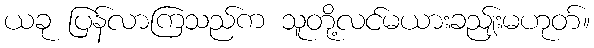
ယခု ပြန်လာကြသည်က သူတို့လင်မယားခည်ျးမဟုတ်။